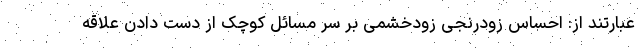
عبارتند از: احساس زودرنجی زودخشمی بر سر مسائل کوچک از دست دادن علاقه